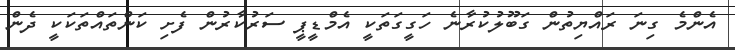
އެންމެ ގިނަ ރައްޔިތުން ގަބޫލުކުރާނެ ހަގީގަތަކީ އެމްޑީޕީ ސަރުކާރުން ފެށި ކަންތައްތަކަކީ ދެން